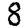
Digit: 8